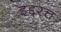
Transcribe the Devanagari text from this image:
इद्दरच